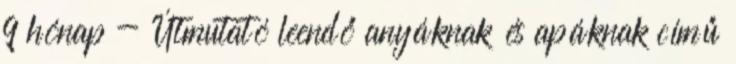
9 hónap - Útmutató leendő anyáknak és apáknak című